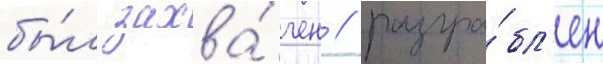
бы́л захва́чен / разгра́бл'ен